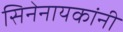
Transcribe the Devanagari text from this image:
सिनेनायकांनी